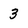
Character: 3